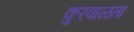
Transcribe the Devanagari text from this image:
कुरवाळता